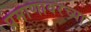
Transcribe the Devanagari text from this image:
प्रमाणावरच्या